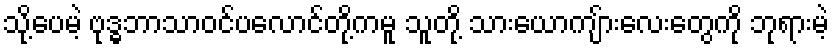
သို့ပေမဲ့ ဗုဒ္ဓဘာသာဝင်ပလောင်တို့ကမူ သူတို့ သားယောကျ်ားလေးတွေကို ဘုရားမဲ့